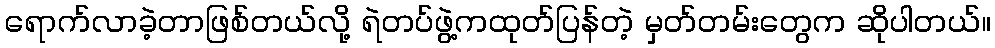
ရောက်လာခဲ့တာဖြစ်တယ်လို့ ရဲတပ်ဖွဲ့ကထုတ်ပြန်တဲ့ မှတ်တမ်းတွေက ဆိုပါတယ်။